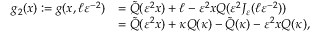
\begin{array} { r l } { g _ { 2 } ( x ) : = g ( x , \ell \varepsilon ^ { - 2 } ) } & { = \tilde { Q } ( \varepsilon ^ { 2 } x ) + \ell - \varepsilon ^ { 2 } x Q ( \varepsilon ^ { 2 } J _ { \varepsilon } ( \ell \varepsilon ^ { - 2 } ) ) } \\ & { = \tilde { Q } ( \varepsilon ^ { 2 } x ) + \kappa Q ( \kappa ) - \tilde { Q } ( \kappa ) - \varepsilon ^ { 2 } x Q ( \kappa ) , } \end{array}